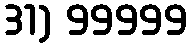
31) 99999